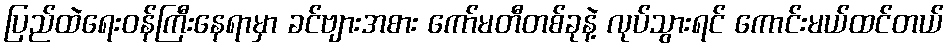
ပြည်ထဲရေးဝန်ကြီးနေရာမှာ ခင်ဗျားအစား ကော်မတီတစ်ခုနဲ့ လုပ်သွားရင် ကောင်းမယ်ထင်တယ်